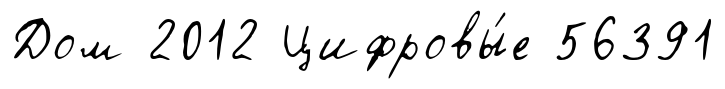
Дом 2012 Цифровы́е 56391